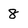
Character: 8